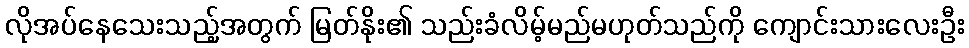
လိုအပ်နေသေးသည့်အတွက် မြတ်နိုး၏ သည်းခံလိမ့်မည်မဟုတ်သည်ကို ကျောင်းသားလေးဦး